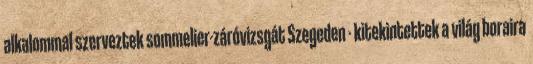
alkalommal szerveztek sommelier-záróvizsgát Szegeden - kitekintettek a világ boraira